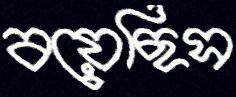
বয়েছিস